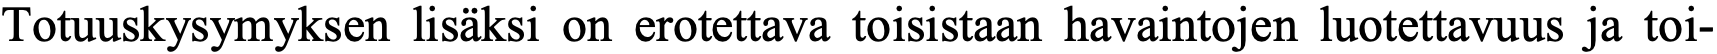
Totuuskysymyksen lisäksi on erotettava toisistaan havaintojen luotettavuus ja toi-